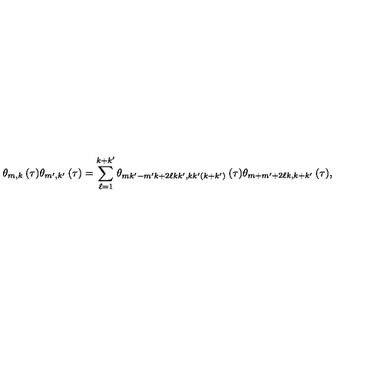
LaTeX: \theta _ { m , k } \: ( \tau ) \theta _ { m ^ { \prime } , k ^ { \prime } } \: ( \tau ) = \sum _ { \ell = 1 } ^ { k + k ^ { \prime } } \theta _ { m k ^ { \prime } - m ^ { \prime } k + 2 \ell k k ^ { \prime } , k k ^ { \prime } ( k + k ^ { \prime } ) } \: ( \tau ) \theta _ { m + m ^ { \prime } + 2 \ell k , k + k ^ { \prime } } \: ( \tau ) ,